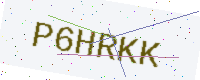
Text: P6HRKK